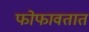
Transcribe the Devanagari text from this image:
फोफावतात